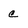
Character: C